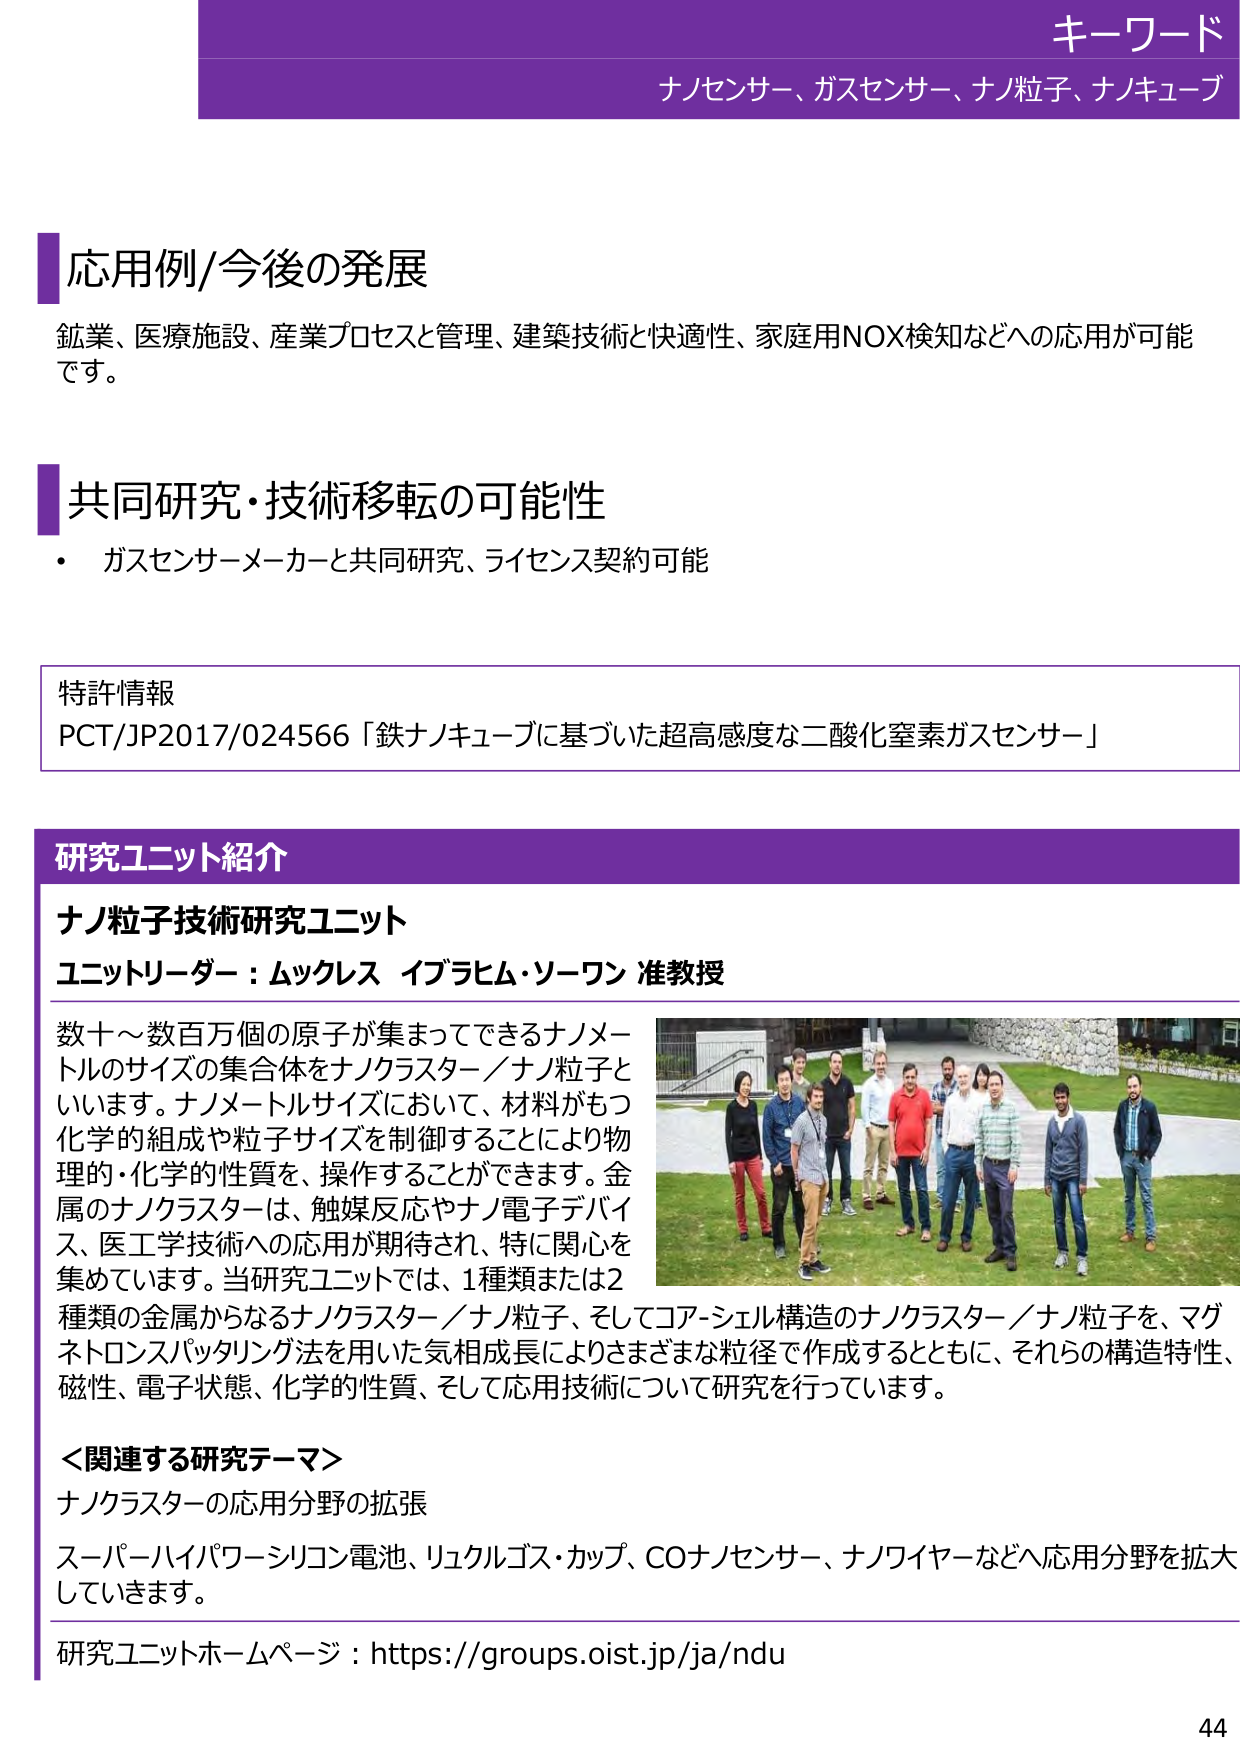
キーワード
ナノセンサー、ガスセンサー、ナノ粒子、ナノキューブ

応用例/今後の発展
鉱業、医療施設、産業プロセスと管理、建築技術と快適性、家庭用NOX検知などへの応用が可能です。

共同研究・技術移転の可能性
・ ガスセンサーメーカーと共同研究、ライセンス契約可能

特許情報
PCT/JP2017/024566「鉄ナノキューブに基づいた超高感度な二酸化窒素ガスセンサー」

研究ユニット紹介
ナノ粒子技術研究ユニット
ユニットリーダー：ムックレス イブラヒム・ソーワン 准教授

数十～数百万個の原子が集まってできるナノメートルのサイズの集合体をナノクラスター／ナノ粒子といいます。ナノメートルサイズにおいて、材料がもつ化学的組成や粒子サイズを制御することにより物理的・化学的性質を、操作することができます。金属のナノクラスターは、触媒反応やナノ電子デバイス、医工学技術への応用が期待され、特に関心を集めています。当研究ユニットでは、1種類または2種類の金属からなるナノクラスター／ナノ粒子、そしてコア-シェル構造のナノクラスター／ナノ粒子を、マグネトロンスパッタリング法を用いた気相成長によりさまざまな粒径で作成するとともに、それらの構造特性、磁性、電子状態、化学的性質、そして応用技術について研究を行っています。

＜関連する研究テーマ＞
ナノクラスターの応用分野の拡張
スーパーハイパワーシリコン電池、リュクルゴス・カップ、COナノセンサー、ナノワイヤーなどへ応用分野を拡大していきます。

研究ユニットホームページ：https://groups.oist.jp/ja/ndu

44